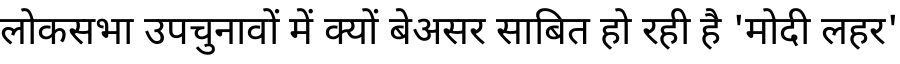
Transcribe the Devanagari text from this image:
लोकसभा उपचुनावों में क्यों बेअसर साबित हो रही है 'मोदी लहर'